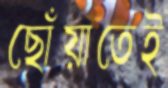
ছোঁয়াতেই